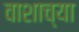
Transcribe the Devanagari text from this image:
वाशाच्या